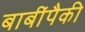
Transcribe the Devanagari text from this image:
बाबींपैकी